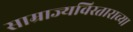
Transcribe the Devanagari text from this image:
साम्राज्यविस्ताराच्या